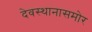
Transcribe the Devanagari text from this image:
देवस्थानासमोर